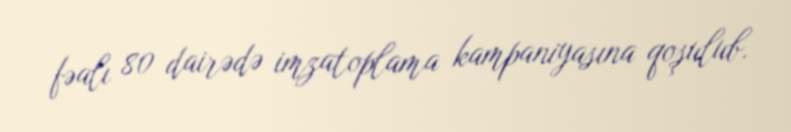
fəalı 80 dairədə imzatoplama kampaniyasına qoşulub.